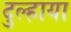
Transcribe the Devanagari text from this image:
दुल्हाया